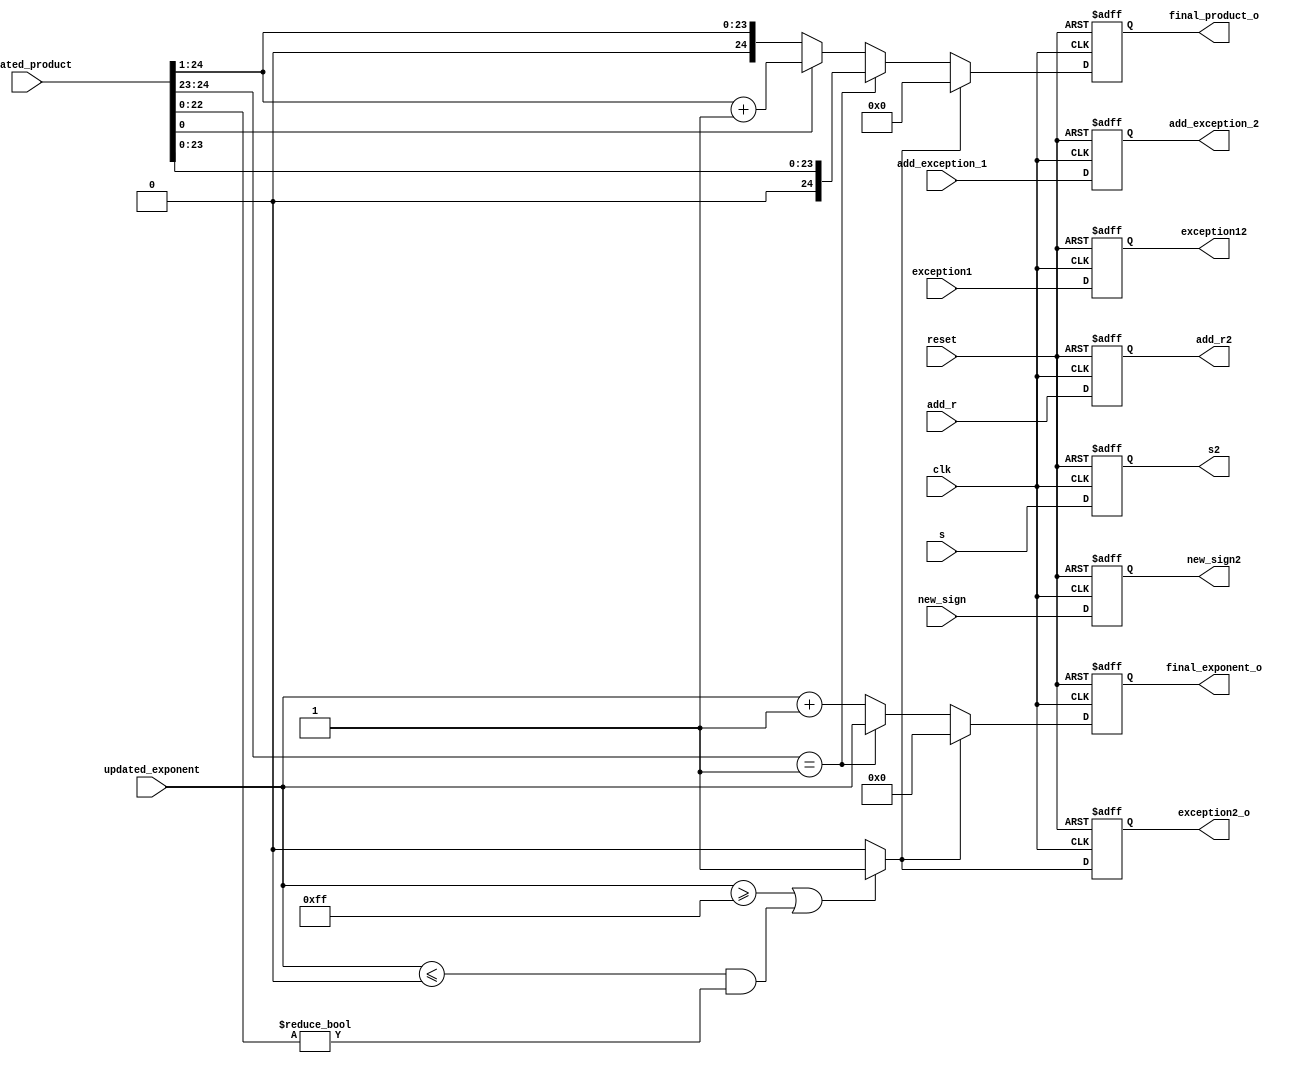
module normalize2(clk,reset,updated_product,updated_exponent,final_product_o,final_exponent_o,exception2_o,new_sign,new_sign2,exception1,exception12,add_r,add_exception_1,add_r2,add_exception_2,s,s2);

input [24:0] updated_product;
input [8:0] updated_exponent;
input exception1;
output reg exception12;
input s;

output reg s2;
output reg [8:0] final_exponent_o;
output reg [24:0] final_product_o;
input clk, reset;

reg [8:0] final_exponent;
reg [24:0] final_product;

output reg exception2_o;
reg exception2;

input new_sign;
output reg new_sign2;

reg [23:0]new_sum_temp;

input [31:0]add_r;
input add_exception_1;

output reg [31:0] add_r2;
output reg add_exception_2;

always@(posedge clk or negedge reset)
begin

	if(!reset)
	begin
	final_exponent_o <= 8'b0;
	final_product_o <= 25'b0;
	exception2_o <= 1'b0;
	new_sign2<= 1'b0;
	exception12 <= 1'b0;
	add_r2 <= 32'b0;
	add_exception_2 <= 1'b0;
	s2<=0;
	end

	else
	begin
   final_exponent_o <= final_exponent;
	final_product_o <= final_product;
	exception2_o <= exception2;
	new_sign2<=new_sign;
	exception12 <= exception1;
	add_r2 <= add_r;
	add_exception_2 <= add_exception_1;
	s2<=s;
	end

end


always@(*)
begin

	if((updated_exponent>=8'b11111111) || ((updated_exponent<=8'b00000000)&&(updated_product[22:0]!= 23'b0)))
	exception2 = 1'b1;
	else
	exception2 = 1'b0;

end

always@(*)
begin

	if(exception2 == 1'b0)
	begin
		if(updated_product[24:23] == 2'b01)   //if(sum[24:23] == 2'b00 || sum[24:23] == 2'b01)
		begin
			final_product = {1'b0,updated_product[23:0]};
			final_exponent = updated_exponent;
		end
		else
	 	begin
			if(updated_product[0] == 1'b0)
			begin
			final_product = {1'b0,updated_product[24:1]};
			final_exponent = updated_exponent +1'b1;
			
			end	
			else if(updated_product[0] == 1'b1)
			begin
			new_sum_temp = updated_product[24:1];
			final_product= new_sum_temp + 1'b1;
			final_exponent = updated_exponent +1'b1;
			
			end
			else
			begin
			
			final_product = 25'b0;
			final_exponent = 8'b0;
			end
		end
	end
	else
	begin
			final_product = 25'b0;
			final_exponent = 8'b0;
		end
	
end



endmodule